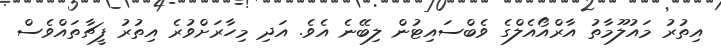
އިތުރު މައުލޫމާތު އާރްއޯއެލްގެ ވެބްސައިޓުން ލިބޭނެ އެވެ. އަދި މިހާރަށްވުރެ އިތުރު ފީޗާތައްވެސް